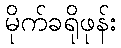
မိုက်ခရိုဖုန်း